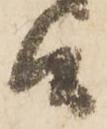
候